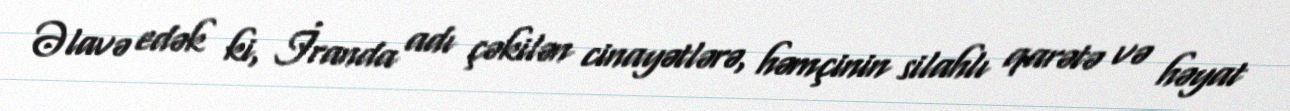
Əlavə edək ki, İranda adı çəkilən cinayətlərə, həmçinin silahlı qarətə və həyat